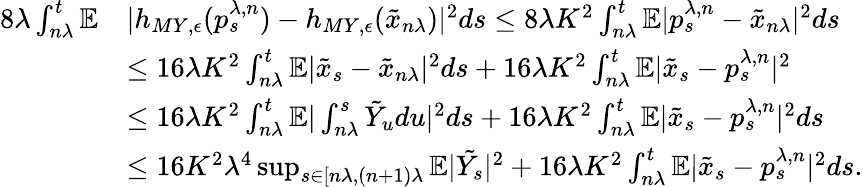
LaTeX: \begin{array}{rl}{8\lambda\int_{n\lambda}^{t}\mathbb{E}}&{|h_{MY,\epsilon}(p_{s}^{\lambda,n})-h_{MY,\epsilon}(\tilde{x}_{n\lambda})|^{2}ds\leq 8\lambda K^{2}\int_{n\lambda}^{t}\mathbb{E}|p_{s}^{\lambda,n}-\tilde{x}_{n\lambda}|^{2}ds}\\ &{\leq 16\lambda K^{2}\int_{n\lambda}^{t}\mathbb{E}|\tilde{x}_{s}-\tilde{x}_{n\lambda}|^{2}ds+16\lambda K^{2}\int_{n\lambda}^{t}\mathbb{E}|{\tilde{x}_{s}-p_{s}^{\lambda,n}}|^{2}}\\ &{\leq 16\lambda K^{2}\int_{n\lambda}^{t}\mathbb{E}|\int_{n\lambda}^{s}\tilde{Y}_{u}du|^{2}ds+16\lambda K^{2}\int_{n\lambda}^{t}\mathbb{E}|\tilde{x}_{s}-p_{s}^{\lambda,n}|^{2}ds}\\ &{\leq 16K^{2}\lambda^{4}\operatorname*{sup}_{s\in[n\lambda,(n+1)\lambda}\mathbb{E}|\tilde{Y_{s}}|^{2}+16\lambda K^{2}\int_{n\lambda}^{t}\mathbb{E}|\tilde{x}_{s}-p_{s}^{\lambda,n}|^{2}ds.}\end{array}